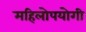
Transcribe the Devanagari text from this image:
महिलोपयोगी